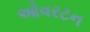
ઓવરટન